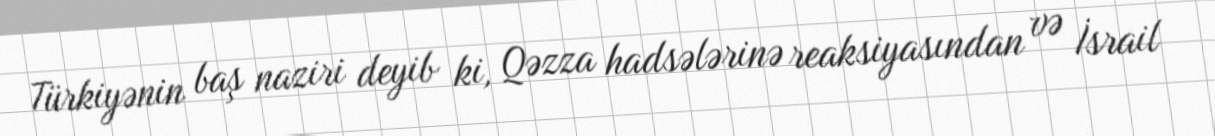
Türkiyənin baş naziri deyib ki, Qəzza hadsələrinə reaksiyasından və İsrail